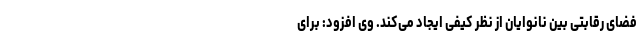
فضای رقابتی بین نانوایان از نظر کیفی ایجاد می‌کند. وی افزود: برای